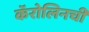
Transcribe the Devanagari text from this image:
कॅरोलिनची